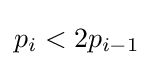
p_{i}<2p_{i-1}